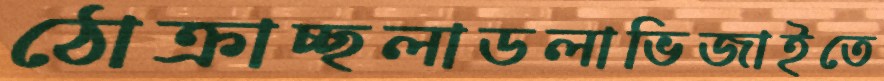
ঠোক্‌রাচ্ছলাডলাভিজাইতে